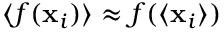
\langle f ( \mathbf { x } _ { i } ) \rangle \approx f ( \langle \mathbf { x } _ { i } \rangle )